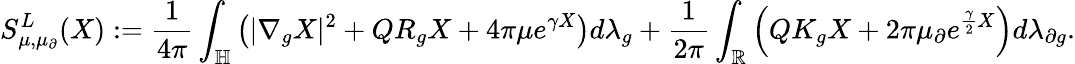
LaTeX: S_{\mu,\mu_{\partial}}^{L}(X):=\frac{1}{4\pi}\int_{\mathbb H}\left(|\nabla_{g}X|^{2}+QR_{g}X+4\pi\mu e^{\gamma X}\right)d\lambda_{g}+\frac{1}{2\pi}\int_{\mathbb R}\left(QK_{g}X+2\pi\mu_{\partial}e^{\frac{\gamma}{2}X}\right)d\lambda_{\partial g}.